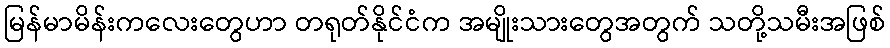
မြန်မာမိန်းကလေးတွေဟာ တရုတ်နိုင်ငံက အမျိုးသားတွေအတွက် သတို့သမီးအဖြစ်